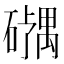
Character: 𪿹